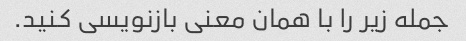
جمله زیر را با همان معنی بازنویسی کنید.